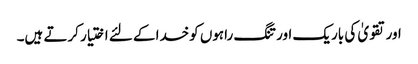
اور تقویٰ کی باریک اور تنگ راہوں کوخدا کے لئے اختیار کرتے ہیں۔